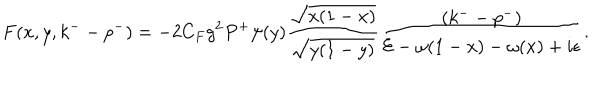
F ( x , y , k ^ { -- } p ^ { - } ) = - 2 C _ { F } g ^ { 2 } P ^ { + } \psi ( y ) { \frac { \sqrt { x ( 1 - x ) } } { \sqrt { y ( 1 - y ) } } } { \frac { ( k ^ { -- } p ^ { - } ) } { { \cal E } - \omega ( 1 - x ) - \omega ( x ) + i \epsilon } } .